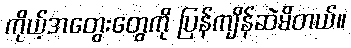
ကိုယ့်အတွေးတွေကို ပြန်ကျိန်ဆဲမိတယ်။